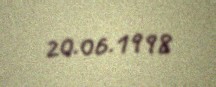
20.06.1998